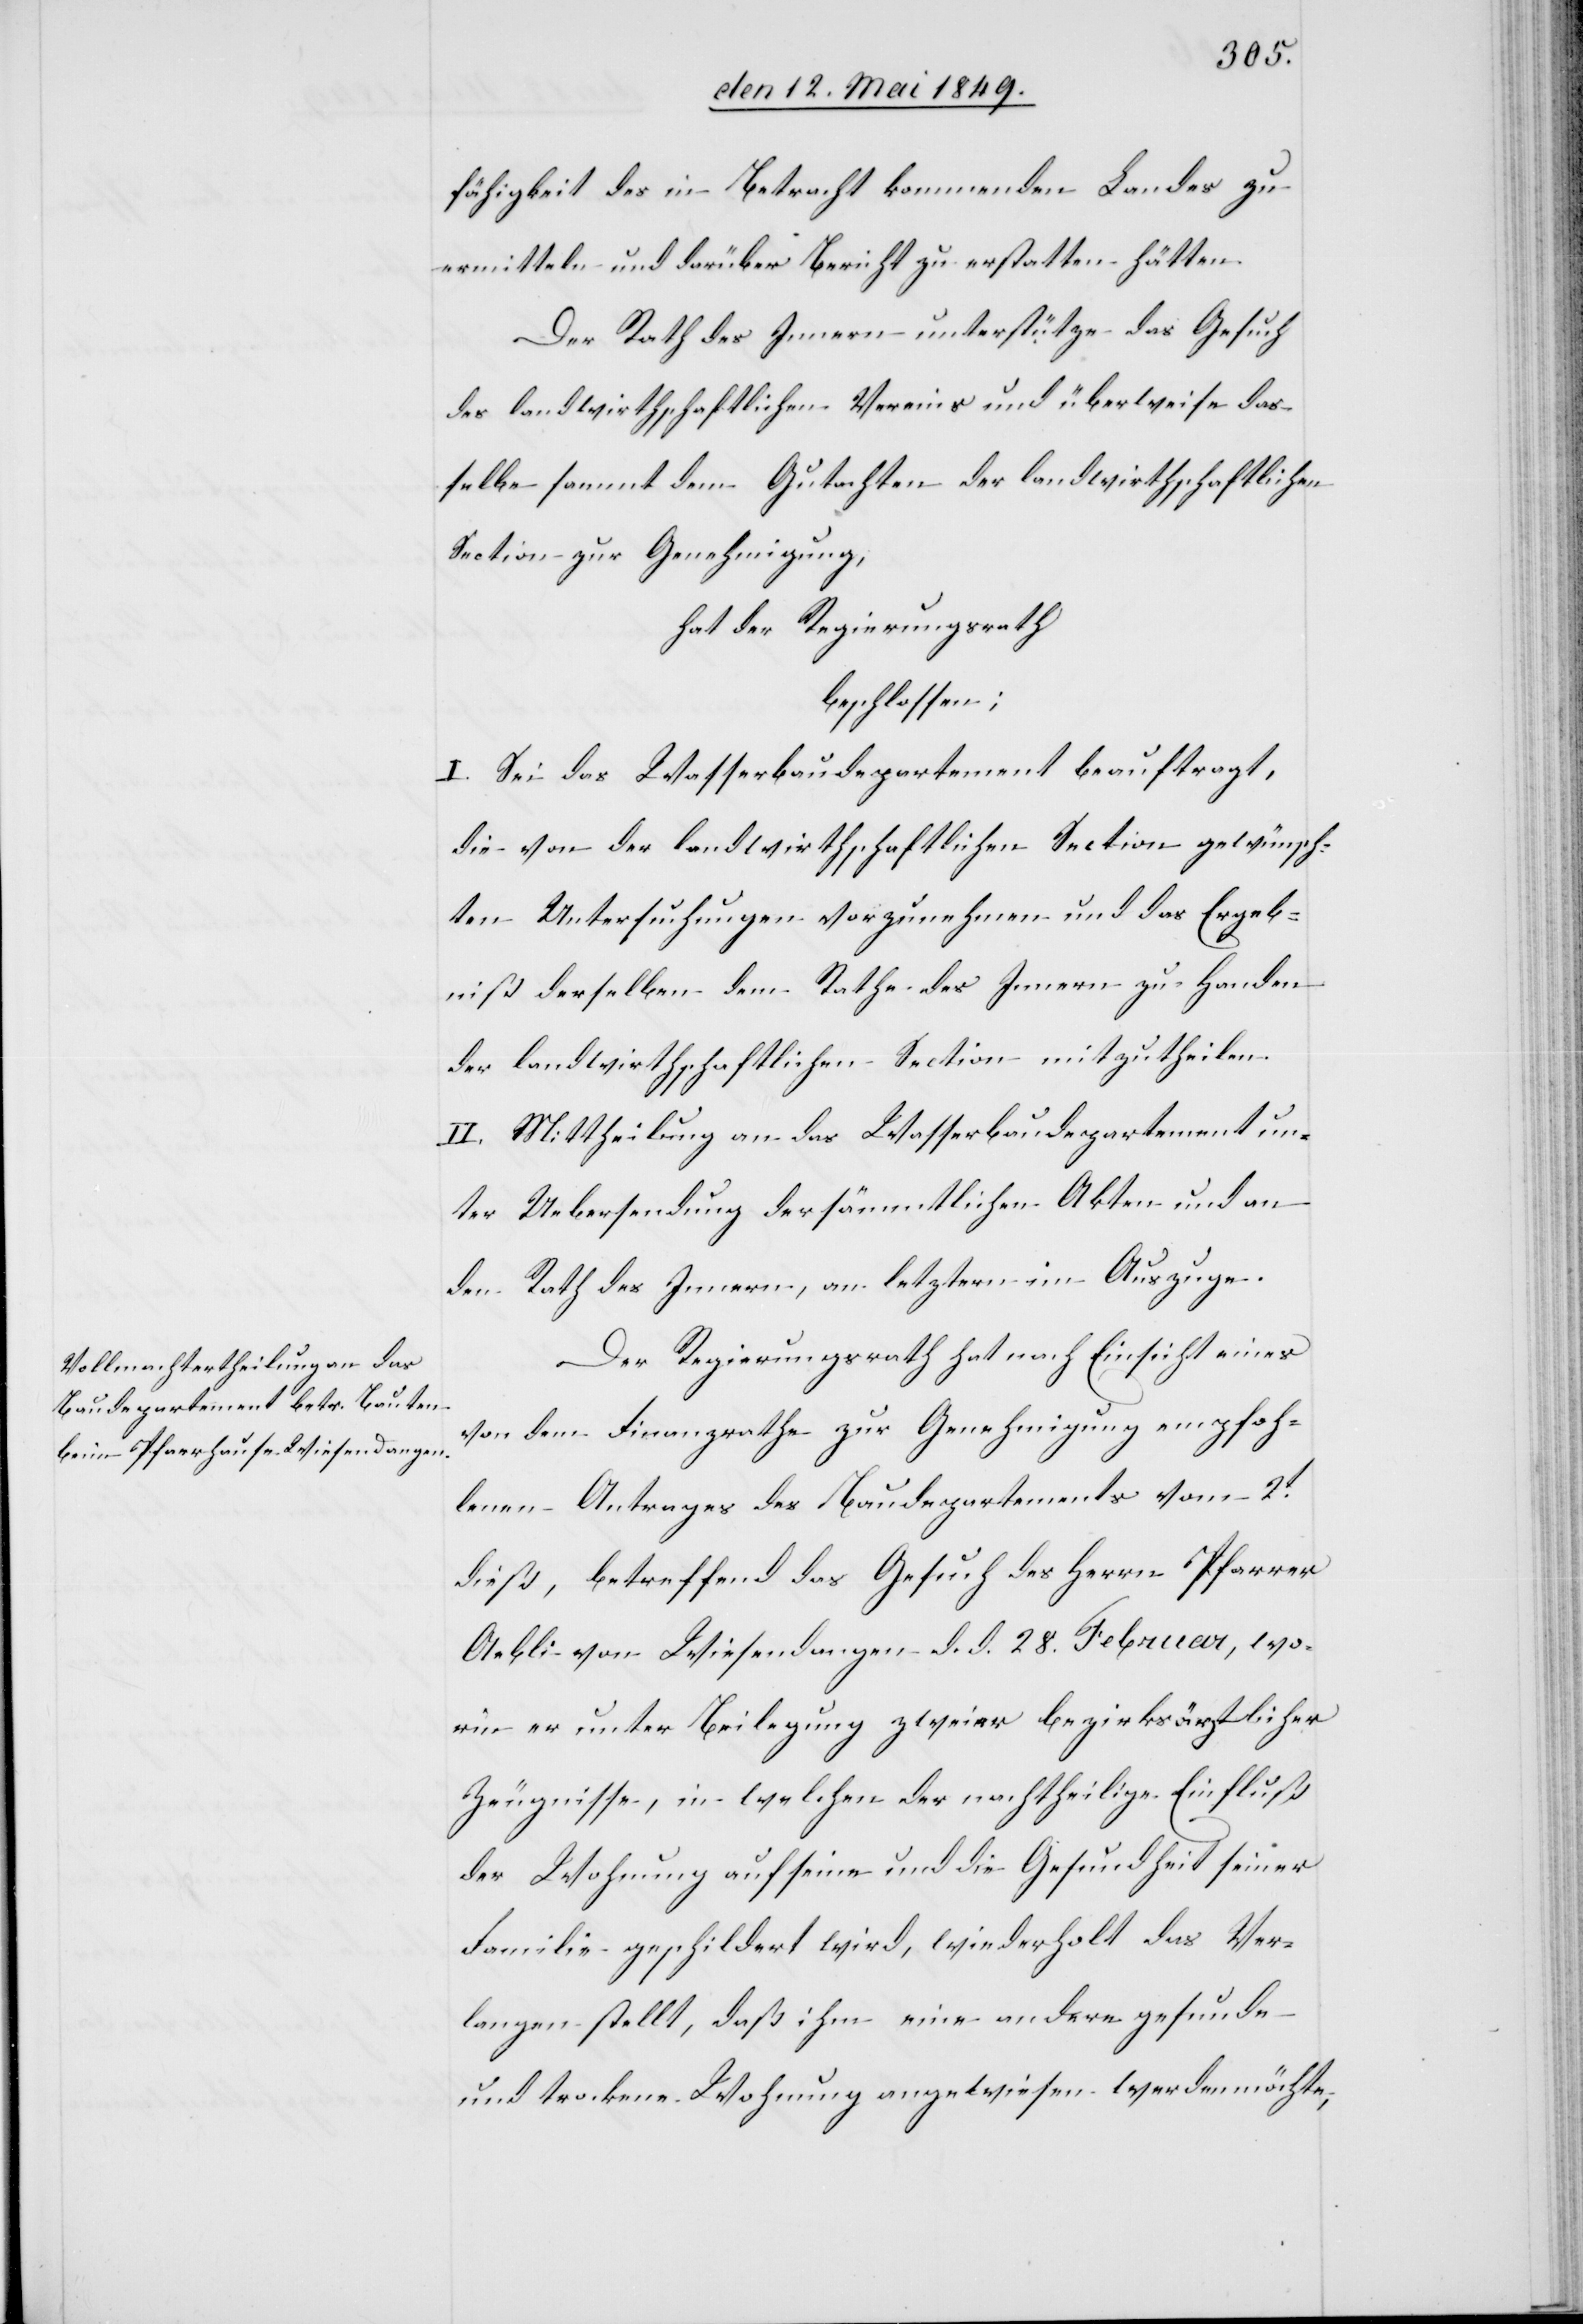
fähigkeit des in Betracht kommenden Landes zu
ermitteln und darüber Bericht zu erstatten hätten.
Der Rath des Innern unterstütze das Gesuch
des landwirthschaftlichen Vereins und überweise das¬
selbe sammt dem Gutachten der landwirthschaftlichen
Section zur Genehmigung,
hat der Regierungsrath
beschlossen:
I. Sei das Wasserbaudepartement beauftragt,
die von der landwirtschaftlichen Section gewünsch¬
ten Untersuchungen vorzunehmen und das Ergeb¬
niß derselben dem Rathe des Innern zu Handen
des landwirthschaftlichen Section mitzutheilen.
II. Mittheilung an das Wasserbaudepartement un¬
ter Uebersendung der sämmtlichen Akten und an
den Rath des Innern, an letztern im Auszuge.
Der Regierungsrath hat nach Einsicht eines
von dem Finanzrathe zur Genehmigung empfoh¬
lenen Antrages des Baudepartements vom 2t
dieß, betreffend das Gesuch des Herrn Pfarrer
Aebli von Wiesendangen d. d. 28. Februar, wo¬
rin er unter Beilegung zweier bezirksräthlicher
Zeugnisse, in welchen der nachtheilige Einfluß
der Wohnung auf seine und die Gesundheit seiner
Familie geschildert wird, wiederholt das Ver¬
langen stellt, daß ihm eine andere gesunde
und trockene Wohnung angewiesen werden möchte,